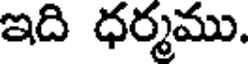
ఇది ధర్మము.